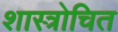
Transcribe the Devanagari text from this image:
शास्त्रोचित